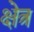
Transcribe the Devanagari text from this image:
क्षेत्र